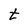
Character: t